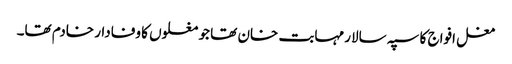
مغل افواج کا سپہ سالار مہابت خان تھا جو مغلوں کا وفادار خادم تھا۔